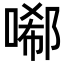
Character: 𠻑